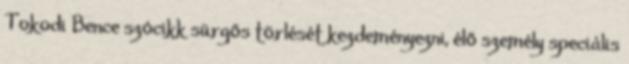
Tokodi Bence szócikk sürgős törlését kezdeményezni, élő személy speciális